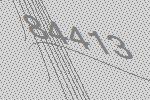
84413